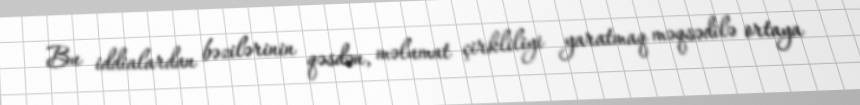
Bu iddialardan bəzilərinin qəsdən, məlumat çirkliliyi yaratmaq məqsədilə ortaya